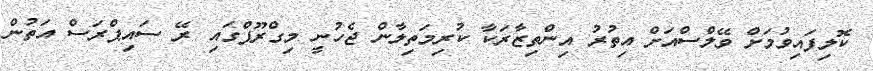
ކޮލިފައިވުމަށް ވޭލްސްއަށް އިތުރު އިންތިޒާރަކާ ކުރިމަތިލާން ޖެހުނީ މިގްރޫޕްގައި ރޭ ސައިޕްރަސް އަތުން